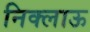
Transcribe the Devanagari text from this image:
निक्लाऊ